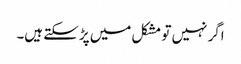
اگر نہیں تو مشکل میں پڑ سکتے ہیں۔